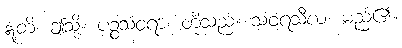
ဣတိ၊ ဤသို့။ ပဉ္စသံဝရာ၊ တို့သည်။ သံဝရသီလံ၊ မည်၏။